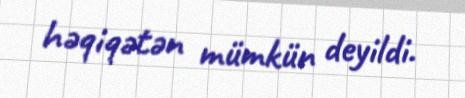
həqiqətən mümkün deyildi.